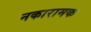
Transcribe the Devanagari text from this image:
नकारामक